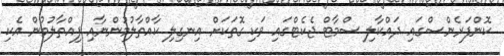
ކޮންފަރެންސްގައި ދައްކާލި ސްމާޓް ޖެކެޓްގައި ވަކި ގޮތަކަށް އިނގިލި ކާއްތާލުމުންނާއި ފިއްތާލުމުން އެކި